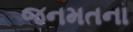
જનમતના